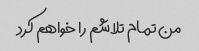
من تمام تلاشم را خواهم کرد